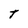
Character: t